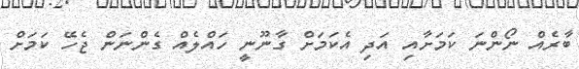
ބާރެއް ނޯންނަ ކަމަށާއި އަދި އެކަމަށް ގާނޫނީ ހައްލެއް ގެންނަން ޖެހޭ ކަމަށް